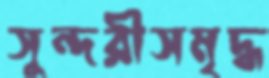
সুন্দরীসমৃদ্ধ